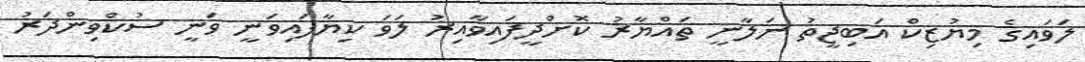
ލަވައިގެ މިޔުޒިކް އަބިޖީތު ނަލާނީ ތައްޔާރު ކޮށްދީފައިވާއިރު ލަަވަ ކިޔާފައިވަނީ ވަނީ ސުކްވިންދަރު